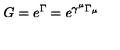
G = e ^ { \Gamma } = e ^ { \gamma ^ { \mu } \Gamma _ { \mu } }